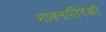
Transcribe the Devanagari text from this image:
भावनातिरेकी